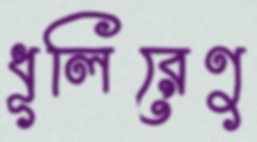
ধূলিরেণু